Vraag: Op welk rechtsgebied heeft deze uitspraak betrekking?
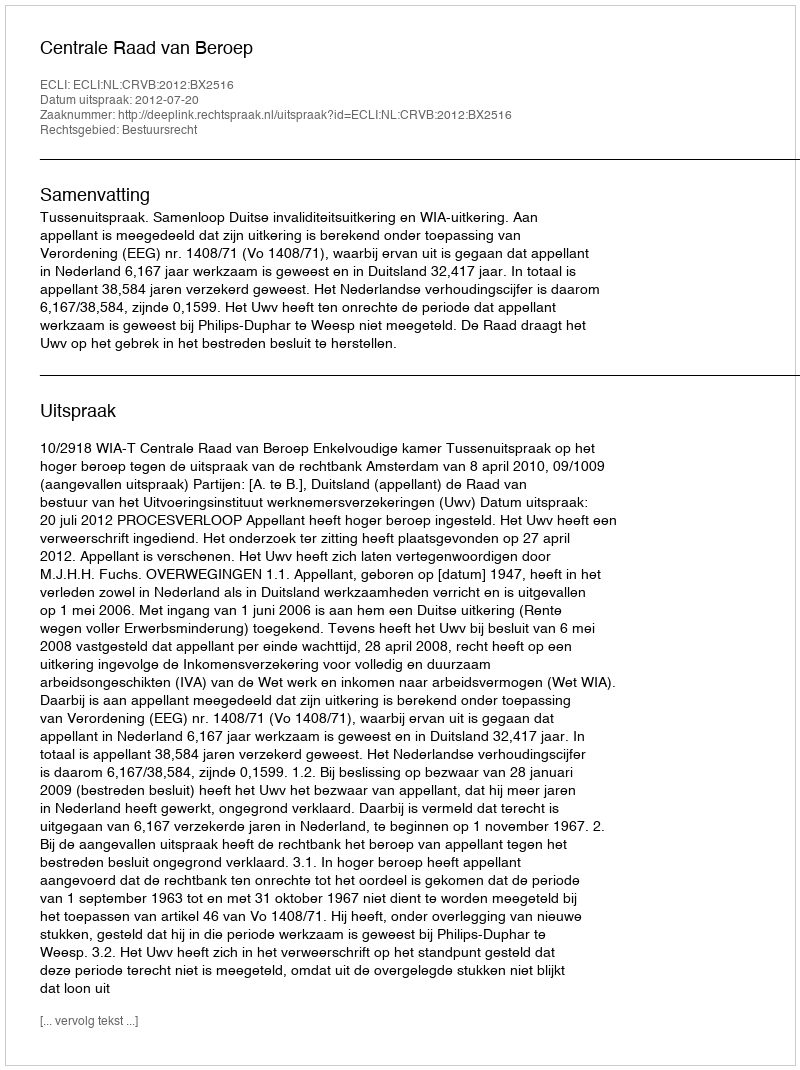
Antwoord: Bestuursrecht